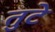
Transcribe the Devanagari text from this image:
तुटे